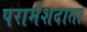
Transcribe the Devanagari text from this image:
परार्मशदाता